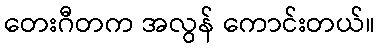
တေးဂီတက အလွန် ကောင်းတယ်။